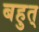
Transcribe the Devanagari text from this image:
बहुत्‌